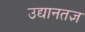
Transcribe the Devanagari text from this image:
उद्यानतज्ञ